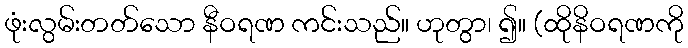
ဖုံးလွမ်းတတ်သော နီဝရဏ ကင်းသည်။ ဟုတွာ၊ ၍။ (ထိုနိဝရဏကို